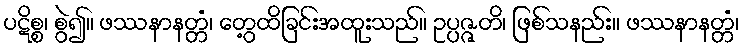
ပဋိစ္စ၊ စွဲ၍။ ဖဿနာနတ္တံ၊ တွေ့ထိခြင်းအထူးသည်။ ဥပ္ပဇ္ဇတိ၊ ဖြစ်သနည်း။ ဖဿနာနတ္တံ၊